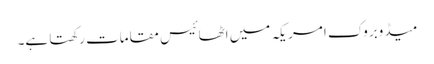
میڈوبروک امریکہ میں اٹھائیس مقامات رکھتا ہے۔